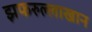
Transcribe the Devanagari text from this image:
झफरुल्लाखान